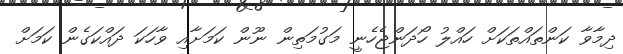
ދިމާވާ ކަންތައްތަކަށް ހައްލު ހޯދަންޖެހެނީ މަގުމަތިން ނޫން ކަމަށާއި ވާހަކަ ދައްކަގެން ކަމަށް